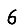
Digit: 6